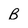
Character: B